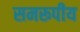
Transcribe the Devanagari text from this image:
समरूपीय